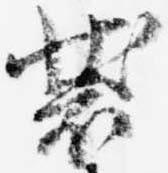
装